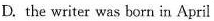
D. the writer was born in April